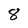
Character: 8